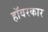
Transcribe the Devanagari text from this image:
हॉवरकार